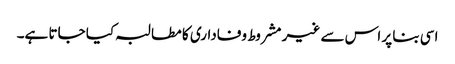
اسی بنا پر اس سے غیر مشروط وفاداری کا مطالبہ کیا جاتا ہے۔